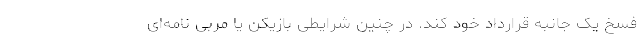
فسخ یک جانبه قرارداد خود کند. در چنین شرایطی بازیکن یا مربی نامه‌ای